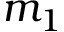
m _ { 1 }